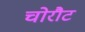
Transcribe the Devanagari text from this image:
चोरौट